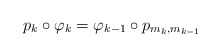
\begin{align*}p_{k}\circ\varphi_{k}=\varphi_{k-1}\circ p_{m_{k},m_{k-1}}\end{align*}